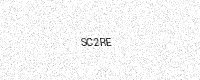
Text: SC2RE